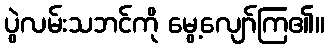
ပွဲလမ်းသဘင်ကို မွေ့လျော်ကြ၏။